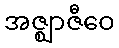
အဇ္ဈာဇီဝေ